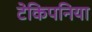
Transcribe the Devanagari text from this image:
टेकिपनिया